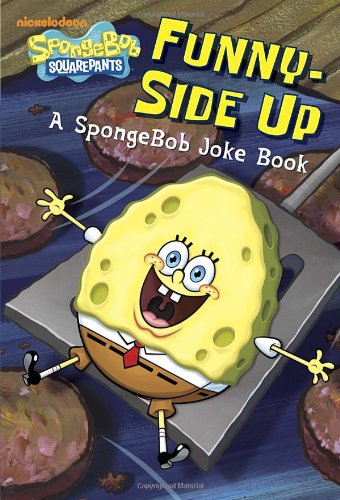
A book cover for Funny-Side Up (SpongeBob SquarePants): A SpongeBob Joke Book (Junior Novel); Random House; Children's Books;